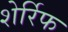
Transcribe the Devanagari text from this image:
शेर्रिफ